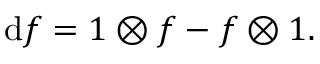
\mathrm { d } f = 1 \otimes f - f \otimes 1 .